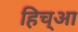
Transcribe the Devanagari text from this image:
हिच्आ